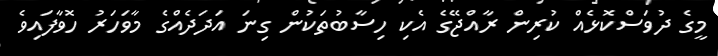
މީގެ ދުވަސްކޮޅެއް ކުރިން ރާއްޖޭގެ އެކި ހިސާބުތަކުން ގިނަ އަދަދެއްގެ މާވަހަރު ހޮވާފައިވެ